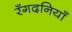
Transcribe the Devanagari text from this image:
रँगदनियाँ